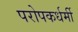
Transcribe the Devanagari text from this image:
परोपकर्धर्मी